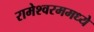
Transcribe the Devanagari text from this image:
रामेश्वरममध्ये